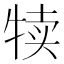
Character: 犊